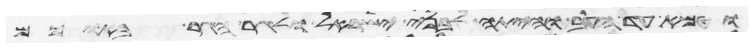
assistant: וטמא עד הערב והיתה לבני ישראל ולגר הגר בתוכם